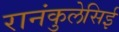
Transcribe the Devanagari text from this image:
रानंकुलेसिई